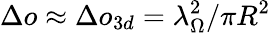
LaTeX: \Delta o\approx\Delta o_{3d}=\lambda_{\Omega}^{2}/\pi R^{2}